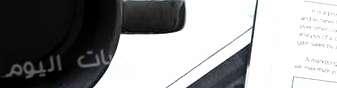
تخفيضات اليوم